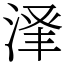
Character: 𬈃